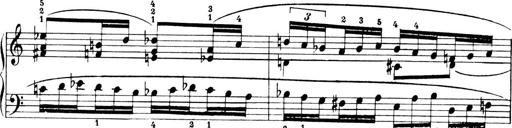
Title: 4 Sonatines
Composer: Max Reger